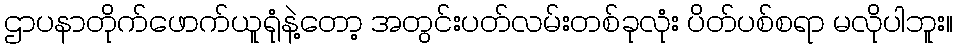
ဌာပနာတိုက်ဖောက်ယူရုံနဲ့တော့ အတွင်းပတ်လမ်းတစ်ခုလုံး ပိတ်ပစ်စရာ မလိုပါဘူး။